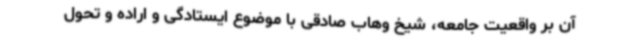
آن بر واقعیت جامعه، شیخ وهاب صادقی با موضوع ایستادگی و اراده و تحول